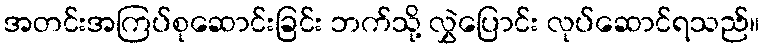
အတင်းအကြပ်စုဆောင်းခြင်း ဘက်သို့ လွှဲပြောင်း လုပ်ဆောင်ရသည်။